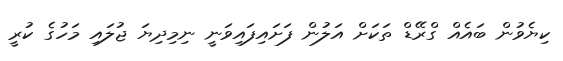
ކިޔެވުން ބައެއް ގްރޭޑް ތަކަށް އަލުން ފަށައިފައިވަނީ ނިމިދިޔަ ޖުލައި މަހުގެ ކުރީ